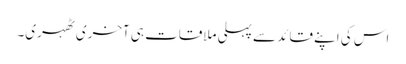
اس کی اپنے قائد سے پہلی ملاقات ہی آخری ٹھہری۔